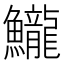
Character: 𱇈